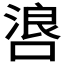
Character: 𫫐